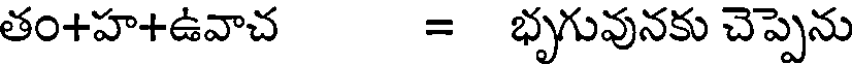
తం+హ+ఉవాచ = భృగువునకు చెప్పెను